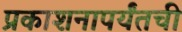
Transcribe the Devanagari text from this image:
प्रकाशनापर्यंतची